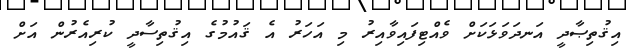
އިޤުތިޞާދީ އަނދަވަޅަކަށް ވެއްޓިފައިވާއިރު މި އަހަރު އެ ޤައުމުގެ އިޤުތިސާދީ ކުރިއެރުން އަށް